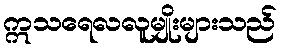
ဣသရေလလူမျိုးများသည်